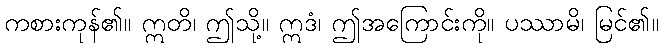
ကစားကုန်၏။ ဣတိ၊ ဤသို့။ ဣဒံ၊ ဤအကြောင်းကို။ ပဿာမိ၊ မြင်၏။